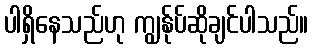
ပါရှိနေသည်ဟု ကျွန်ုပ်ဆိုချင်ပါသည်။